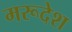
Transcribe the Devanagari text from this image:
मरूदेश